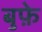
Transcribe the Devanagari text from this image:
बुफ़े